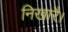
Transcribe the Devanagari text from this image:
निखारै।